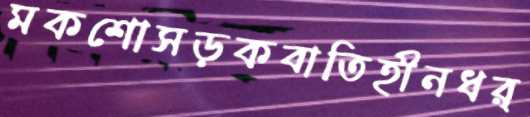
মকশোসড়কবাতিহীনধর্